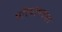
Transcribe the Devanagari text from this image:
परिपोषकता